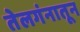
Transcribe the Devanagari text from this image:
तेलगंनातून